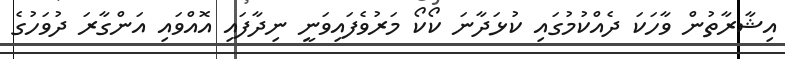
އިޝާރާތުން ވާހަކަ ދެއްކުމުގައި ކުޅަދާނަ ކޯކޯ މަރުވެފައިވަނީ ނިދާފައި އޮއްވައި އަންގާރަ ދުވަހުގެ